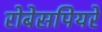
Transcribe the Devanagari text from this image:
रोबेसपियरे